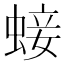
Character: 𧌃